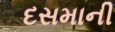
દસમાની